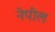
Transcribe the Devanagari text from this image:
नेपील